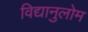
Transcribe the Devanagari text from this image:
विद्यानुलोम